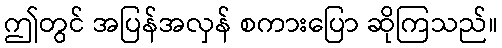
ဤတွင် အပြန်အလှန် စကားပြော ဆိုကြသည်။